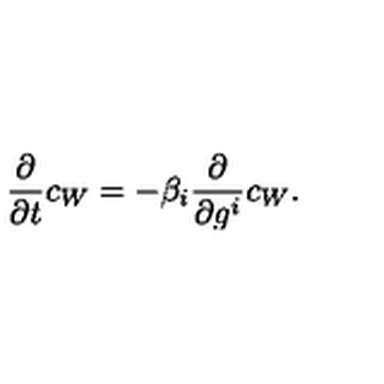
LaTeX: { \frac { \partial } { \partial t } } c _ { W } = - \beta _ { i } { \frac { \partial } { \partial g ^ { i } } } c _ { W } .